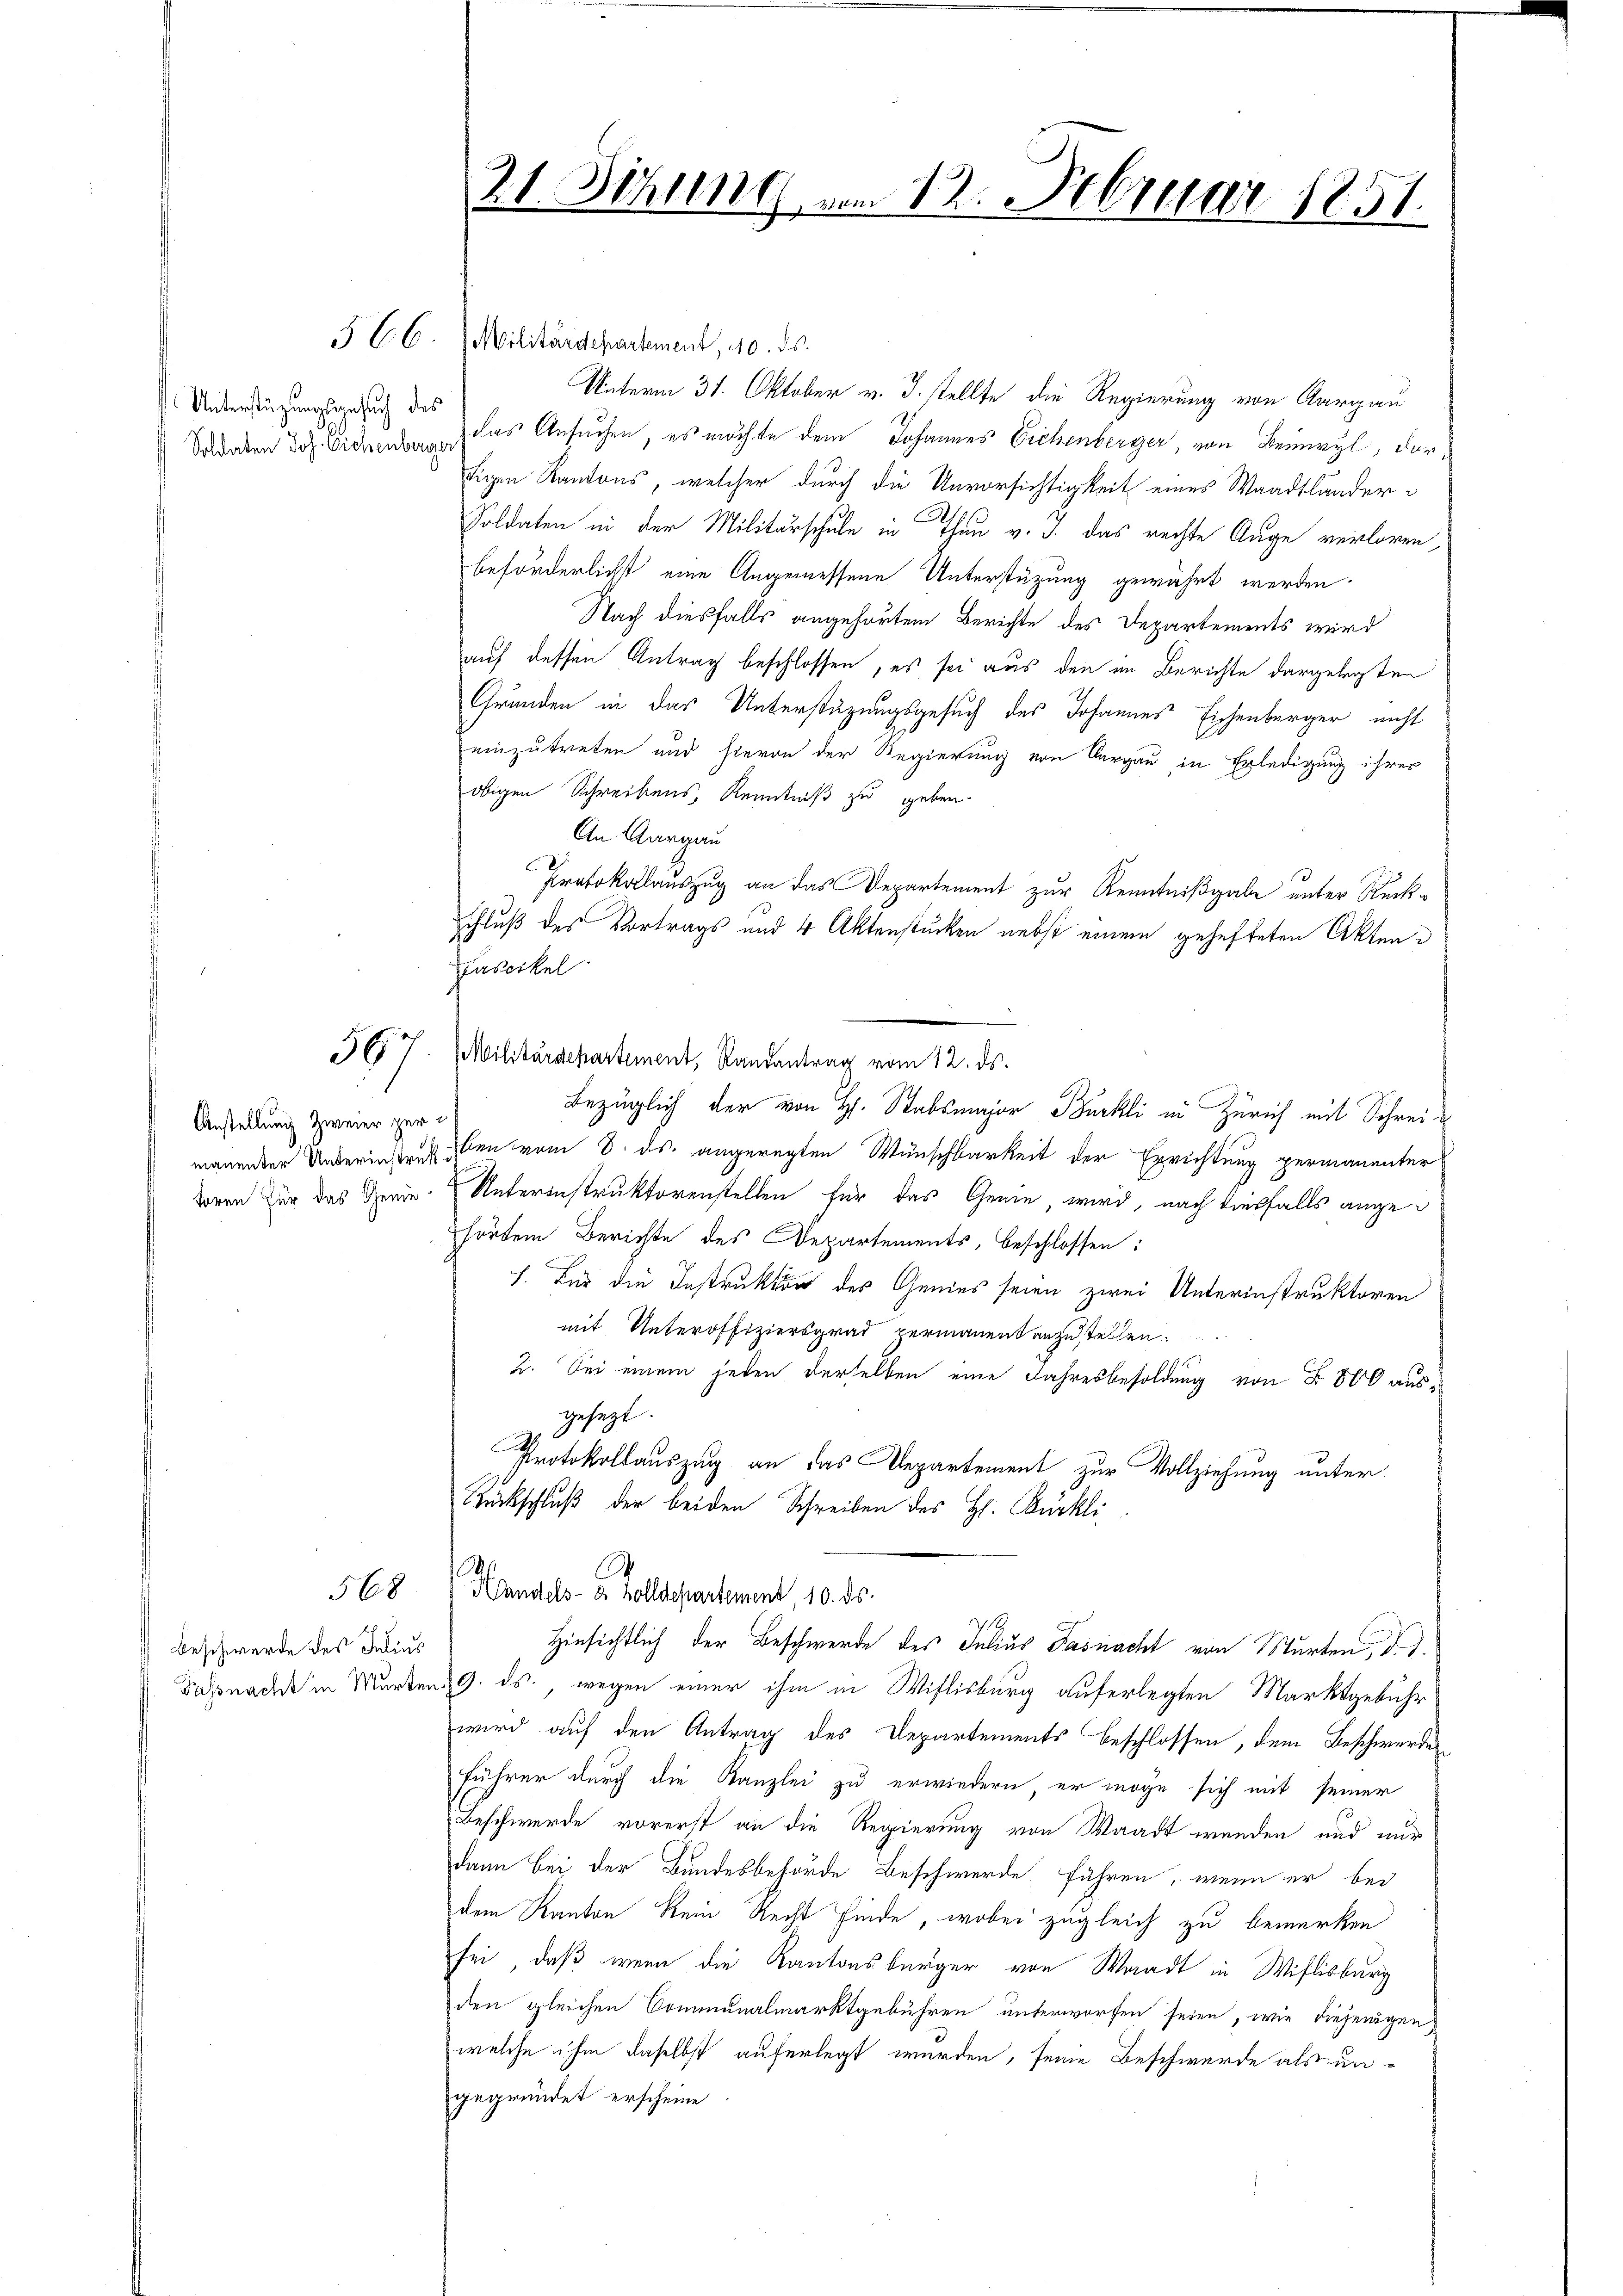
Unterstüzungsgesuch des

56

Anstellung zweier zur
toren für das Gene-

568

Beschwerde des Julius

21. Sitzung vom 12. Februar 1851.

5 CC. Militärdepartement, 10. ds.
Unterm 31. Oktober v. J. stellte die Regierung von Aargau
Soraben das Wideren las Ansuchen, es möchte dem Johannes Eichenberger von Beinwyl, dortigen Kantons, welcher durch die Unvorsichtigkeit eines Waadtländer¬
Soldaten in der Militärschule in Thau v. J. das rechte Auge verloren,
beförderlichst eine Angemessene Unterstützung gewährt werden.
Nach diesfalls angehörtem Berichte des Departements wird
auf dessen Antrag beschlossen, es sei aus den im Berichte dargelegten
Gründen in das Unterstüzungsgesuch des Johannes Eichenberger nicht
einzutreten und hievon der Regierung von Aargau in Erledigung ihres
obigen Schreibens, Kenntniß zu geben.
An Aargau
Protokollauszug an das Departement zur Kenntnißgabe unter Rückschluß des Vortrags und 4 Aktenstücken nebst einem gehefteten Akten d
Fascikel
Militärdepartement, Randantrag vom 12. ds.
Bezüglich der von H. Stabsmajor Bürkli in Zürich mit Schreimanender Unteringen den vom 8. ds. angeregten Wunschbarkeit der Errichtung permanenter
Unterinstruktorenstellen für das Genie, wird, nach diesfalls angehörtem Berichte des Departements, beschlossen:
). Für die Instruktor des Genies seien zwei Unterinstruktoren
mit Unteroffiziersgrad permanent anzustellen.
2. Sei einem heten derselben eine Jahresbesoldung von Fr. 800 aus-
gesezt.
c
Protokollauszug an das Departement zur Vollziehung unter
Rückschluß der beiden Schreiben des H. Bürkli
A
.
Handels- & Zolldepartement, 10. ds.
ti
Hinsichtlich der Beschwerde des Julius Fasnacht von Murten, d
Sonach in Murten 9. ds., wegen einer ihm in Wislisburg auferlegten Marktgebühr
wird auf den Antrag des Departements beschlossen, dem Beschwerdes
führer durch die Kanzlei zu erwiedern er möge sich mit seiner
Beschwerde vorerst an die Regierung von Waadt werden und nur
dann bei der Bundesbehörde Beschwerde führen, wenn er bei
dem Kanton Rein Recht finde, wobei zugleich zu bemerken
sei, daß wenn die Kantonsbürger von Waadt in Wislisburg
den gleichen Communalmarktgebühren unterworfen seien, wie diejenigen,
 welche ihm daselbst auferlegt werden, feine Beschwerde als ungegründet erscheine